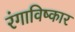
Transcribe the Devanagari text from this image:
रंगाविष्कार